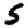
Digit: 5